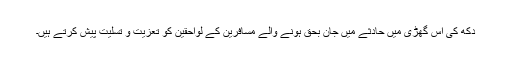
دکھ کی اس گھڑی میں حادثے میں جان بحق ہونے والے مسافرین کے لواحقین کو تعزیت و تسلیت پیش کرتے ہیں۔